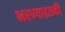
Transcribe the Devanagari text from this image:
भरण्याइतकी